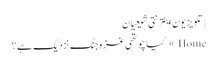
| تلویزیون اینترنتی شیعیان
Home » کیا چوتھی غزہ جنگ نزدیک ہے ؟